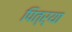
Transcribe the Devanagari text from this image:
पित्र्या